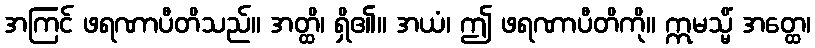
အကြင် ဖရဏာပီတိသည်။ အတ္ထိ၊ ရှိ၏။ အယံ၊ ဤ ဖရဏာပီတိကို။ ဣမသ္မိံ အတ္ထေ၊